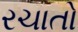
રચાતો